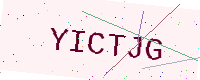
Text: YICTJG